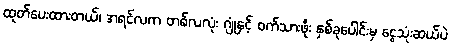
ထုတ်ပေးထားတယ်၊ အရင်လက တစ်လလုံး ဂျုံနှင့် ဝက်သားဖိုး နှစ်ခုပေါင်းမှ ငွေသုံးဆယ်ပဲ